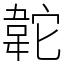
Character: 䪑